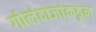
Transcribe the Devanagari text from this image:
गोलंदाजांकडून